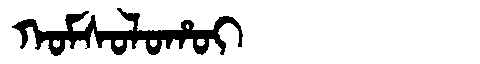
Manchu: ᡴᠣᠮᠰᠣᠯᠣᡥᠣᡳ
Romanization: KOMSOLOHOI